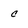
Character: c